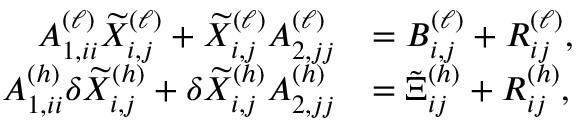
\begin{array} { r l } { A _ { 1 , i i } ^ { ( \ell ) } \widetilde { X } _ { i , j } ^ { ( \ell ) } + \widetilde { X } _ { i , j } ^ { ( \ell ) } A _ { 2 , j j } ^ { ( \ell ) } } & { = B _ { i , j } ^ { ( \ell ) } + R _ { i j } ^ { ( \ell ) } , } \\ { A _ { 1 , i i } ^ { ( h ) } \delta \widetilde { X } _ { i , j } ^ { ( h ) } + \delta \widetilde { X } _ { i , j } ^ { ( h ) } A _ { 2 , j j } ^ { ( h ) } } & { = \tilde { \Xi } _ { i j } ^ { ( h ) } + R _ { i j } ^ { ( h ) } , } \end{array}